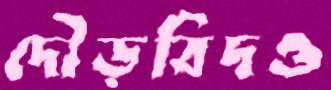
দৌড়বিদও